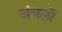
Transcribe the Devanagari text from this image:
अंचलोँ